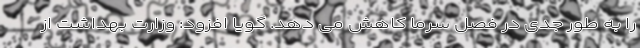
را به طور جدی در فصل سرما کاهش می دهد. گویا افزود: وزارت بهداشت از